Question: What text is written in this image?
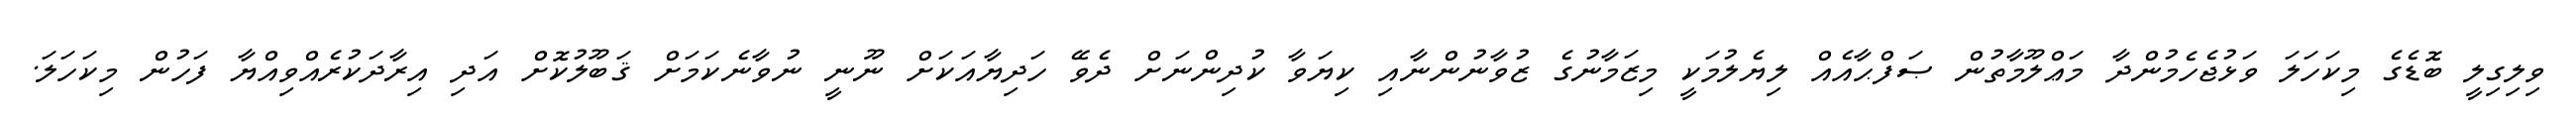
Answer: ވިލިގިލީ ބޮޑެގެ މިކަހަލަ ވަޅުޖެހެމުންދާ މަޢްލޫމާތުން ޞަފްޙާއެއް ލިޔެލުމަކީ މިޒަމާނުގެ ޒުވާނުންނާއި ކިޔަވާ ކުދިންނަށް ދެވޭ ހަދިޔާއަކަށް ނޫނީ ނުވާނެކަމަށް ޤަބޫލުކޮށް އަދި އިރާދަކުރެއްވިއްޔާ ފަހުން މިކަހަލަ.